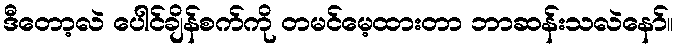
ဒီတော့လဲ ပေါင်ချိန်စက်ကို တမင်မေ့ထားတာ ဘာဆန်းသလဲနော်။